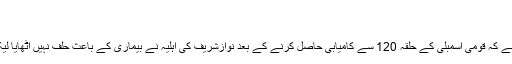
تحریک انصاف کو جواب مل گیا
جمعرات‬‮ 7 دسمبر‬‮ 2017 | 17:22
اسلام آباد(سی پی پی ) الیکشن کمیشن نے کہا ہے کہ قومی اسمبلی کے حلقہ 120 سے کامیابی حاصل کرنے کے بعد نوازشریف کی اہلیہ نے بیماری کے باعث حلف نہیں اٹھایا لیکن وہ پھر بھی رکن قومی اسمبلی ہی رہیں گی۔